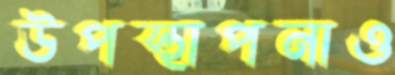
উপস্থাপনাও